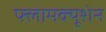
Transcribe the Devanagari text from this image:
फ्लामक्यूशेन